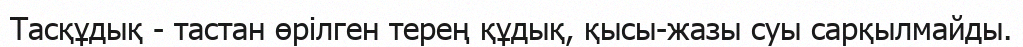
Тасқұдық - тастан өрілген терең құдық, қысы-жазы суы сарқылмайды.